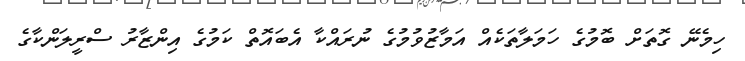
ހިމެނޭ ގޮތަށް ބޮމުގެ ހަމަލާތަކެއް އަމާޒުވުމުގެ ނުރައްކާ އެބައޮތް ކަމުގެ އިންޒާރު ސްރީލަންކާގެ